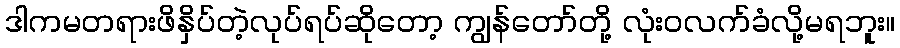
ဒါကမတရားဖိနှိပ်တဲ့လုပ်ရပ်ဆိုတော့ ကျွန်တော်တို့ လုံးဝလက်ခံလို့မရဘူး။